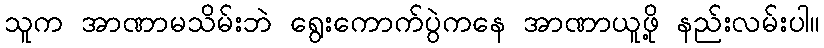
သူက အာဏာမသိမ်းဘဲ ရွေးကောက်ပွဲကနေ အာဏာယူဖို့ နည်းလမ်းပါ။